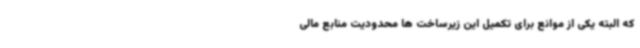
که البته یکی از موانع برای تکمیل این زیرساخت ها محدودیت منابع مالی